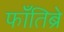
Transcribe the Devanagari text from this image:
फाँतिब्रे